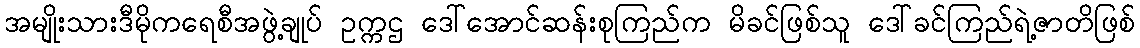
အမျိုးသားဒီမိုကရေစီအဖွဲ့ချုပ် ဥက္ကဌ ဒေါ်အောင်ဆန်းစုကြည်က မိခင်ဖြစ်သူ ဒေါ်ခင်ကြည်ရဲ့ဇာတိဖြစ်